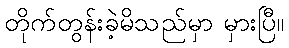
တိုက်တွန်းခဲ့မိသည်မှာ မှားပြီ။